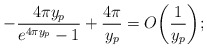
\begin{align*}-\frac{4\pi y_{p}}{e^{4\pi y_{p}}-1}+\frac{4\pi}{y_{p}}=O\bigg(\frac{1}{ y_{p}}\bigg);\end{align*}